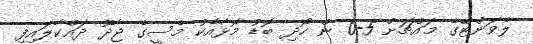
ލެވަންޓޭގެ މައްޗަށް 5-0 ން ހޯދި ބޮޑު މޮޅާއެކު މެސީގެ ޖާދޫ ދައްކާލައިފި